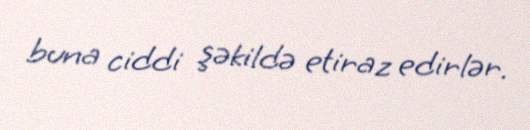
buna ciddi şəkildə etiraz edirlər.